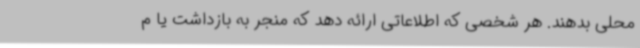
محلی بدهند. هر شخصی که اطلاعاتی ارائه دهد که منجر به بازداشت یا م